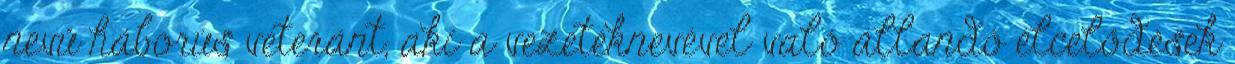
nevű háborús veteránt, aki a vezetéknevével való állandó élcelődések